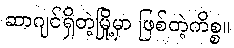
ဆာဂျင်ရှိတဲ့မြို့မှာ ဖြစ်တဲ့ကိစ္စ။